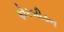
ફોરબીડન